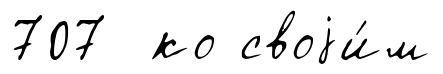
707 ко своjи́м